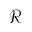
\mathcal { R }